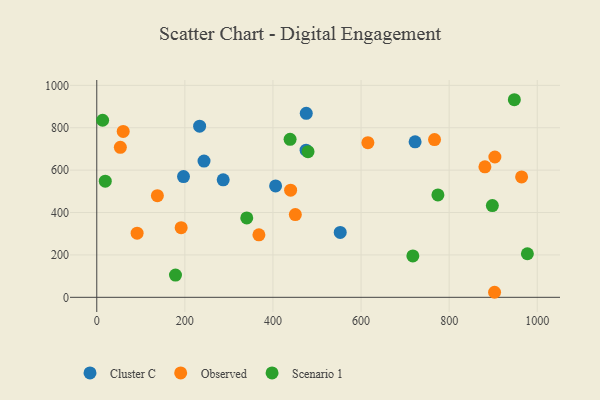
{"axis": {"x": "Experience", "y": "Fuel Efficiency"}, "legend": ["Cluster C", "Observed", "Scenario 1"], "data": [{"x": "722.7", "y": 733.4, "type": "Cluster C"}, {"x": "552.7", "y": 306.2, "type": "Cluster C"}, {"x": "243.5", "y": 642.9, "type": "Cluster C"}, {"x": "475.2", "y": 694.3, "type": "Cluster C"}, {"x": "406.0", "y": 525.7, "type": "Cluster C"}, {"x": "196.9", "y": 569.5, "type": "Cluster C"}, {"x": "287.0", "y": 554.4, "type": "Cluster C"}, {"x": "233.5", "y": 807.4, "type": "Cluster C"}, {"x": "475.6", "y": 867.9, "type": "Cluster C"}, {"x": "60.0", "y": 782.5, "type": "Observed"}, {"x": "964.5", "y": 567.9, "type": "Observed"}, {"x": "881.2", "y": 615.6, "type": "Observed"}, {"x": "368.1", "y": 294.7, "type": "Observed"}, {"x": "191.6", "y": 328.6, "type": "Observed"}, {"x": "53.5", "y": 707.7, "type": "Observed"}, {"x": "440.1", "y": 505.5, "type": "Observed"}, {"x": "615.5", "y": 729.7, "type": "Observed"}, {"x": "450.8", "y": 390.6, "type": "Observed"}, {"x": "766.8", "y": 744.2, "type": "Observed"}, {"x": "91.6", "y": 302.5, "type": "Observed"}, {"x": "903.8", "y": 662.0, "type": "Observed"}, {"x": "137.6", "y": 479.4, "type": "Observed"}, {"x": "903.1", "y": 23.8, "type": "Observed"}, {"x": "340.5", "y": 374.5, "type": "Scenario 1"}, {"x": "13.3", "y": 835.4, "type": "Scenario 1"}, {"x": "948.0", "y": 932.2, "type": "Scenario 1"}, {"x": "717.6", "y": 195.4, "type": "Scenario 1"}, {"x": "178.7", "y": 105.0, "type": "Scenario 1"}, {"x": "19.3", "y": 548.1, "type": "Scenario 1"}, {"x": "898.1", "y": 432.8, "type": "Scenario 1"}, {"x": "977.6", "y": 205.6, "type": "Scenario 1"}, {"x": "774.5", "y": 483.1, "type": "Scenario 1"}, {"x": "479.6", "y": 687.0, "type": "Scenario 1"}, {"x": "438.9", "y": 745.5, "type": "Scenario 1"}]}